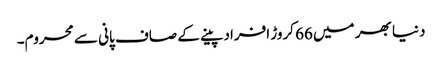
دنیا بھر میں 66 کروڑ افراد پینے کے صاف پانی سے محروم۔